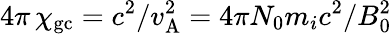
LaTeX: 4\pi\, \chi_{\mathrm{gc}}=c^{2}/v_{\mathrm{A}}^{2}=4\pi N_{0}m_{i}c^{2}/B_{0}^{2}